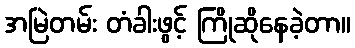
အမြဲတမ်း တံခါးဖွင့် ကြိုဆိုနေခဲ့တာ။